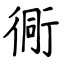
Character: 衕